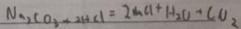
N _ { 2 } C O _ { 3 } + 2 H C l = 2 m C l + H _ { 2 } O + C O _ { 2 }